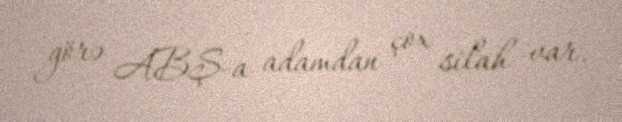
görə ABŞ-a adamdan çox silah var.